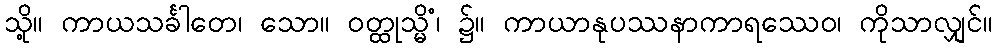
သို့။ ကာယသင်္ခါတေ၊ သော။ ဝတ္ထုသ္မိံ၊ ၌။ ကာယာနုပဿနာကာရဿေဝ၊ ကိုသာလျှင်။